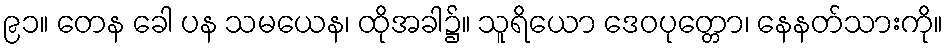
၉၁။ တေန ခေါ ပန သမယေန၊ ထိုအခါ၌။ သူရိယော ဒေဝပုတ္တော၊ နေနတ်သားကို။